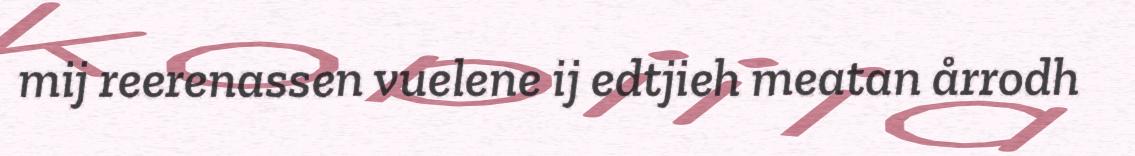
mij reerenassen vuelene ij edtjieh meatan årrodh